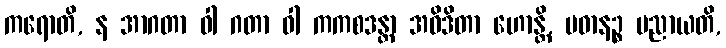
ကရောတိ, န အာဂတာ ဝါ ဂတာ ဝါ ကကစဒန္တာ အဝိဒိတာ ဟောန္တိ, ပဓာနဉ္စ ပညာယတိ,